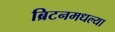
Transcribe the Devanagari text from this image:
ब्रिटनमधल्या